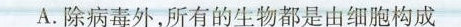
A.除病毒外，所有的生物都是由细胞构成